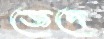
জেদে